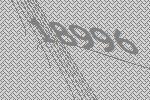
18996